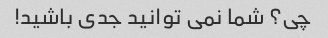
چی؟ شما نمی توانید جدی باشید!